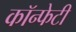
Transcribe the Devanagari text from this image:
कॉन्फेटी